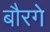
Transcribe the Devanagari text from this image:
बौरगे